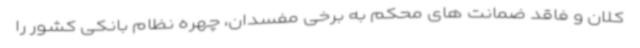
کلان و فاقد ضمانت های محکم به برخی مفسدان، چهره نظام بانکی کشور را